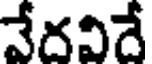
వేదవిదే